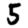
Digit: 5